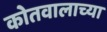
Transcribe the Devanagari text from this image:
कोतवालाच्या